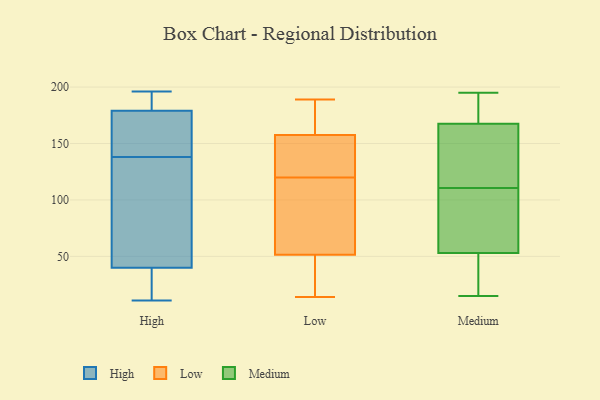
{"axis": {"x": "Population (Million)", "y": "Value"}, "legend": ["High", "Low", "Medium"], "data": [{"x": "", "y": 61, "type": "High"}, {"x": "", "y": 21, "type": "High"}, {"x": "", "y": 138, "type": "High"}, {"x": "", "y": 194, "type": "High"}, {"x": "", "y": 13, "type": "High"}, {"x": "", "y": 182, "type": "High"}, {"x": "", "y": 23, "type": "High"}, {"x": "", "y": 196, "type": "High"}, {"x": "", "y": 52, "type": "High"}, {"x": "", "y": 192, "type": "High"}, {"x": "", "y": 154, "type": "High"}, {"x": "", "y": 195, "type": "High"}, {"x": "", "y": 149, "type": "High"}, {"x": "", "y": 140, "type": "High"}, {"x": "", "y": 124, "type": "High"}, {"x": "", "y": 95, "type": "High"}, {"x": "", "y": 11, "type": "High"}, {"x": "", "y": 36, "type": "High"}, {"x": "", "y": 170, "type": "High"}, {"x": "", "y": 156, "type": "Low"}, {"x": "", "y": 169, "type": "Low"}, {"x": "", "y": 34, "type": "Low"}, {"x": "", "y": 159, "type": "Low"}, {"x": "", "y": 116, "type": "Low"}, {"x": "", "y": 14, "type": "Low"}, {"x": "", "y": 121, "type": "Low"}, {"x": "", "y": 69, "type": "Low"}, {"x": "", "y": 189, "type": "Low"}, {"x": "", "y": 30, "type": "Low"}, {"x": "", "y": 113, "type": "Low"}, {"x": "", "y": 119, "type": "Low"}, {"x": "", "y": 167, "type": "Low"}, {"x": "", "y": 147, "type": "Low"}, {"x": "", "y": 132, "type": "Low"}, {"x": "", "y": 14, "type": "Low"}, {"x": "", "y": 68, "type": "Medium"}, {"x": "", "y": 126, "type": "Medium"}, {"x": "", "y": 128, "type": "Medium"}, {"x": "", "y": 15, "type": "Medium"}, {"x": "", "y": 85, "type": "Medium"}, {"x": "", "y": 28, "type": "Medium"}, {"x": "", "y": 114, "type": "Medium"}, {"x": "", "y": 174, "type": "Medium"}, {"x": "", "y": 195, "type": "Medium"}, {"x": "", "y": 137, "type": "Medium"}, {"x": "", "y": 102, "type": "Medium"}, {"x": "", "y": 183, "type": "Medium"}, {"x": "", "y": 173, "type": "Medium"}, {"x": "", "y": 16, "type": "Medium"}, {"x": "", "y": 59, "type": "Medium"}, {"x": "", "y": 47, "type": "Medium"}, {"x": "", "y": 174, "type": "Medium"}, {"x": "", "y": 33, "type": "Medium"}, {"x": "", "y": 162, "type": "Medium"}, {"x": "", "y": 107, "type": "Medium"}]}